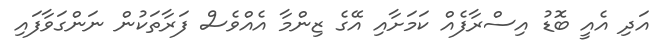
އަދި އެއީ ބޮޑު އިސްރާފެއް ކަމަށާއި އޭގެ ޒިންމާ އެއްވެސް ފަރާތަކުން ނަންގަވާފައި